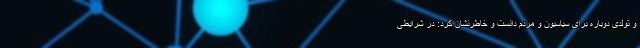
و تولدی دوباره برای سیاسیون و مردم دانست و خاطرنشان کرد: در شرایطی